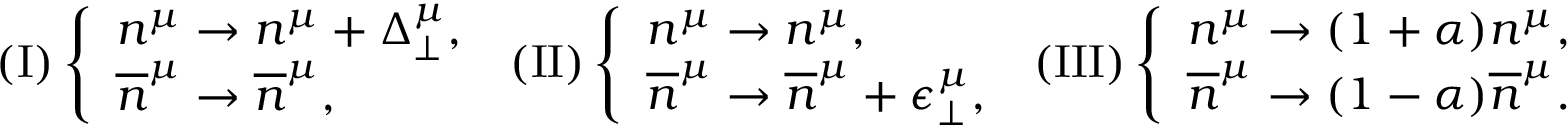
( \mathrm { I } ) \left\{ \begin{array} { l } { { n ^ { \mu } \rightarrow n ^ { \mu } + \Delta _ { \perp } ^ { \mu } , } } \\ { { \overline { { { n } } } ^ { \mu } \rightarrow \overline { { { n } } } ^ { \mu } , } } \end{array} \right. \ ( \mathrm { I I } ) \left\{ \begin{array} { l } { { n ^ { \mu } \rightarrow n ^ { \mu } , } } \\ { { \overline { { { n } } } ^ { \mu } \rightarrow \overline { { { n } } } ^ { \mu } + \epsilon _ { \perp } ^ { \mu } , } } \end{array} \right. \ ( \mathrm { I I I } ) \left\{ \begin{array} { l } { { n ^ { \mu } \rightarrow ( 1 + \alpha ) n ^ { \mu } , } } \\ { { \overline { { { n } } } ^ { \mu } \rightarrow ( 1 - \alpha ) \overline { { { n } } } ^ { \mu } . } } \end{array} \right.